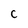
Character: C